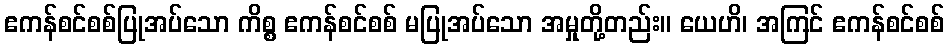
ဧကန်စင်စစ်ပြုအပ်သော ကိစ္စ ဧကန်စင်စစ် မပြုအပ်သော အမှုတို့တည်း။ ယေဟိ၊ အကြင် ဧကန်စင်စစ်